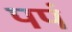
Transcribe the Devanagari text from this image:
पपं